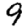
Digit: 9